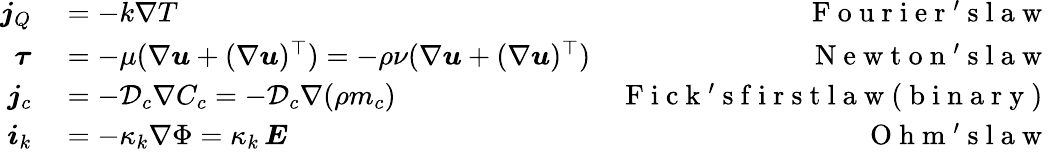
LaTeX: \begin{array}{rlr}{\boldsymbol{j}_{Q}}&{{}=-k\nabla T}&{\mathrm{~F~o~u~r~i~e~r~'~s~l~a~w~}}\\ {\boldsymbol{\tau}}&{{}=-\mu(\nabla\boldsymbol{u}+(\nabla\boldsymbol{u})^{\top})=-\rho\nu(\nabla\boldsymbol{u}+(\nabla\boldsymbol{u})^{\top})}&{\mathrm{~N~e~w~t~o~n~'~s~l~a~w~}}\\ {\boldsymbol{j}_{c}}&{{}=-\mathcal{D}_{c}\nabla C_{c}=-\mathcal{D}_{c}\nabla(\rho m_{c})}&{\mathrm{~F~i~c~k~'~s~f~i~r~s~t~l~a~w~(~b~i~n~a~r~y~)~}}\\ {\boldsymbol{i}_{k}}&{{}=-\kappa_{k}\nabla\Phi=\kappa_{k}\, \boldsymbol{E}}&{\mathrm{~O~h~m~'~s~l~a~w~}}\end{array}